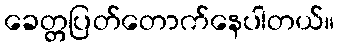
ခေတ္တပြတ်တောက်နေပါတယ်။